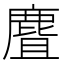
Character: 麆